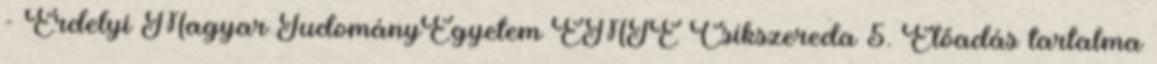
- Erdelyi Magyar TudományEgyetem EMTE Csíkszereda 5. Előadás tartalma